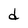
Character: d